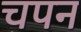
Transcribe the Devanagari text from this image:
चपन